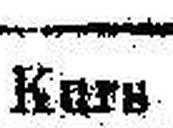
Kurs